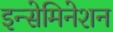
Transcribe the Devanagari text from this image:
इन्सेमिनेशन